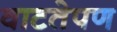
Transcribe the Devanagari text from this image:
वाटतेपण